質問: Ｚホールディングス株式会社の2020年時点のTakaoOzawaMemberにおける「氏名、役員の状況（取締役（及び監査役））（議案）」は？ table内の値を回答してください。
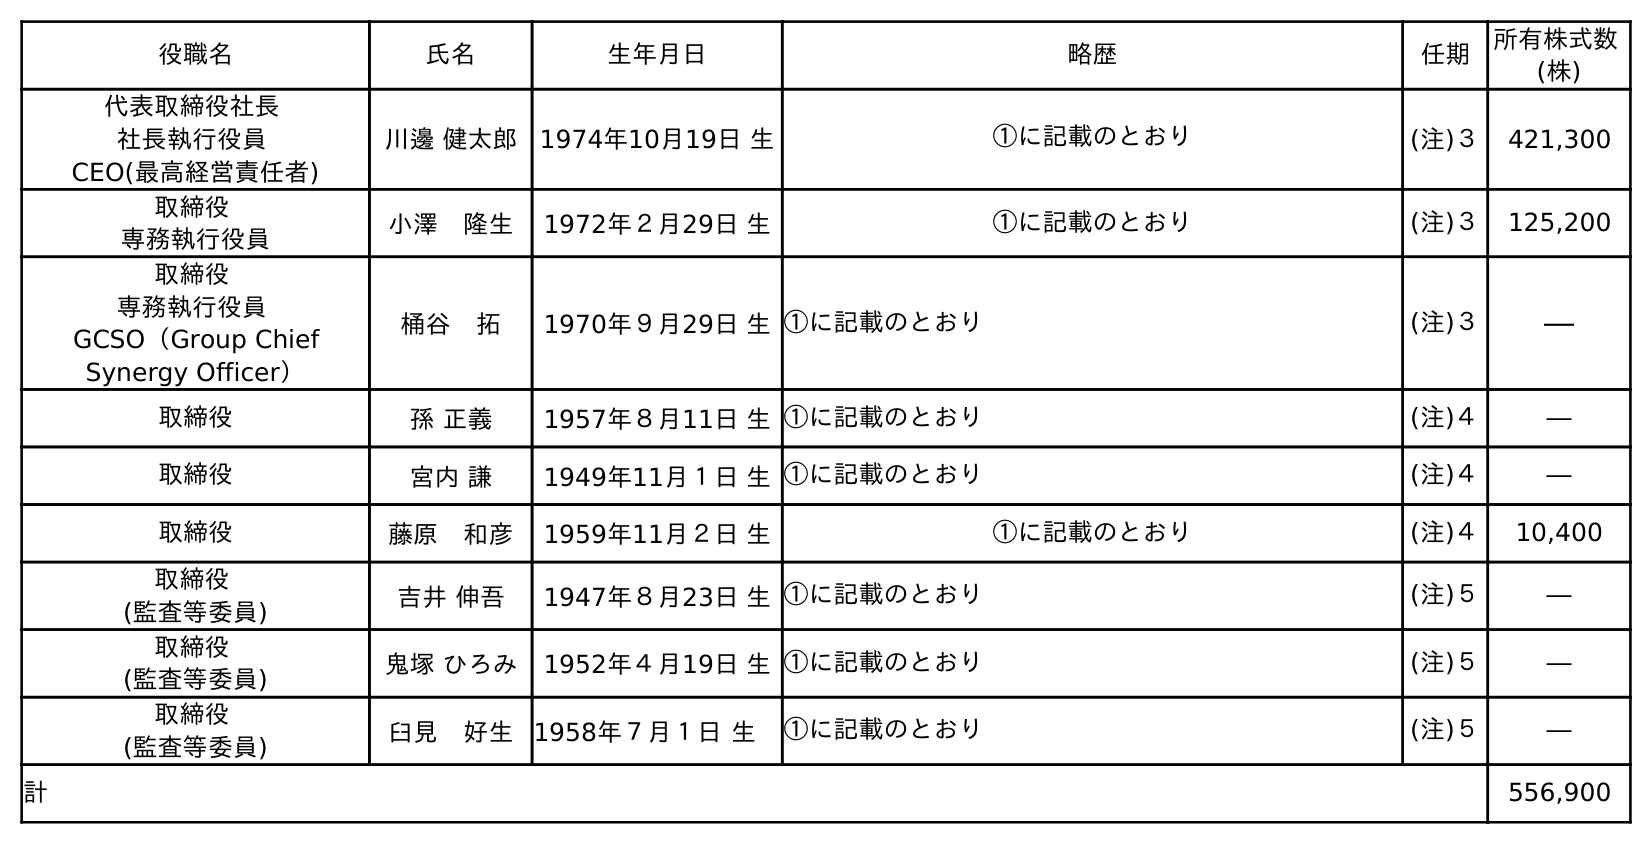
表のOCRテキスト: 役職名 氏名 生年月日 略歴 任期 所有株式数 (株) 代表取締役社長 社長執行役員 CEO(最高経営責任者) 川邊 健太郎 1974年10月19日 生 ①に記載のとおり (注)３ 421,300 取締役 専務執行役員 小澤 隆生 1972年２月29日 生 ①に記載のとおり (注)３ 125,200 取締役 専務執行役員 GCSO（Group Chief Synergy Officer） 桶谷 拓 1970年９月29日 生①に記載のとおり (注)３ ― 取締役 孫 正義 1957年８月11日 生①に記載のとおり (注)４ ― 取締役 宮内 謙 1949年11月１日 生①に記載のとおり (注)４ ― 取締役 藤原 和彦 1959年11月２日 生 ①に記載のとおり (注)４ 10,400 取締役 (監査等委員) 吉井 伸吾 1947年８月23日 生①に記載のとおり (注)５ ― 取締役 (監査等委員) 鬼塚 ひろみ 1952年４月19日 生①に記載のとおり (注)５ ― 取締役 (監査等委員) 臼見 好生 1958年７月１日 生 ①に記載のとおり (注)５ ― 計 556,900
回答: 小澤　隆生